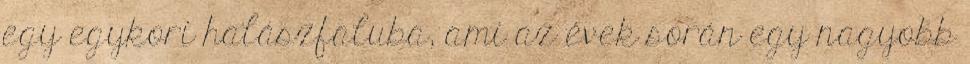
egy egykori halászfaluba, ami az évek során egy nagyobb